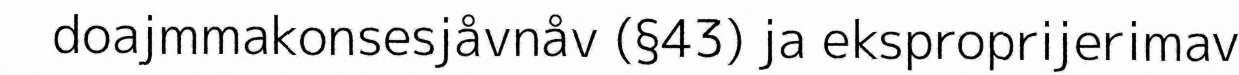
doajmmakonsesjåvnåv (§43) ja eksproprijerimav